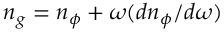
{ n _ { g } = n _ { \phi } + \omega ( d n _ { \phi } / d \omega ) }